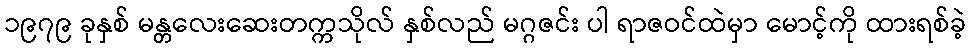
၁၉၇၉ ခုနှစ် မန္တလေးဆေးတက္ကသိုလ် နှစ်လည် မဂ္ဂဇင်း ပါ ရာဇဝင်ထဲမှာ မောင့်ကို ထားရစ်ခဲ့